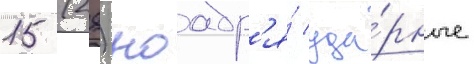
15 (28) ноабр'я́ уда́рные